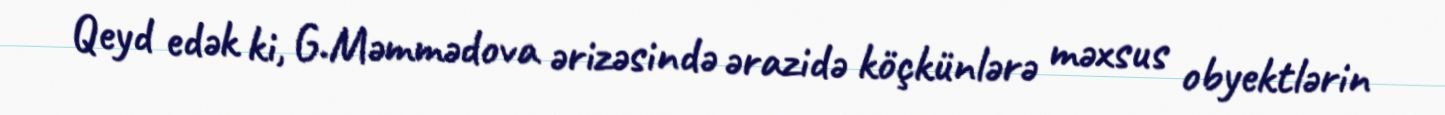
Qeyd edək ki, G.Məmmədova ərizəsində ərazidə köçkünlərə məxsus obyektlərin